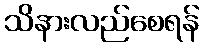
သိနားလည်စေရန်